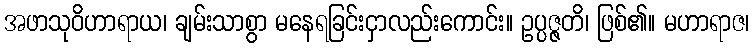
အဖာသုဝိဟာရာယ၊ ချမ်းသာစွာ မနေရခြင်းငှာလည်းကောင်း။ ဥပ္ပဇ္ဇတိ၊ ဖြစ်၏။ မဟာရာဇ၊